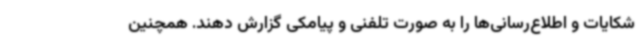
شکایات و اطلاع‌رسانی‌ها را به صورت تلفنی و پیامکی گزارش دهند. همچنین